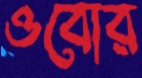
ওবোর